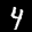
Label: 4